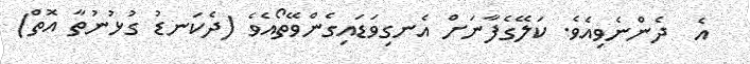
އެ  ދެންނެވިއެވެ. ކަލޭގެފާނަށް އެނގިވަޑައިގެންވޭތޯއެވެ (ދެކަނޑު ގުޅުނުތާ އޮތް)